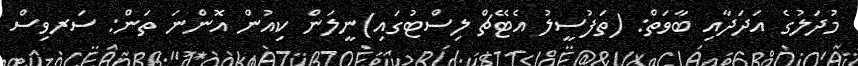
މުދަލުގެ އަދަދާއި ބާވަތް: (ތަފުސީލު އެޓޭޗް ލިސްޓުގައި)ނީލަން ކިއުން އޮންނަ ތަން: ސަރވިސް